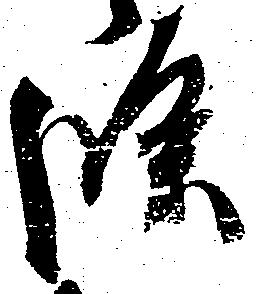
条